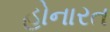
હોનારત